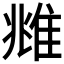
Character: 𨾾